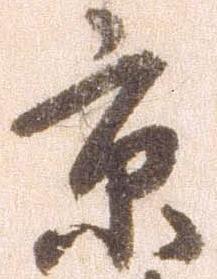
京